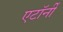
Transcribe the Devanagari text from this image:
एटाॅर्नी